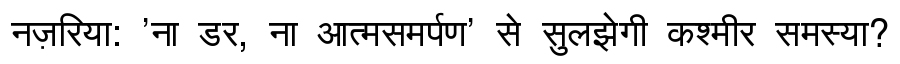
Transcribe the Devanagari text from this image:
नज़रिया: 'ना डर, ना आत्मसमर्पण' से सुलझेगी कश्मीर समस्या?